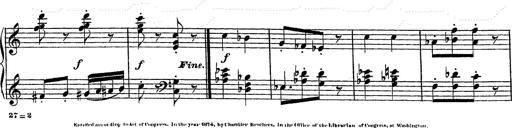
Title: Grand galop chromatique
Composer: Franz Liszt
Key: E-flat major (simplified version in EÂ major)